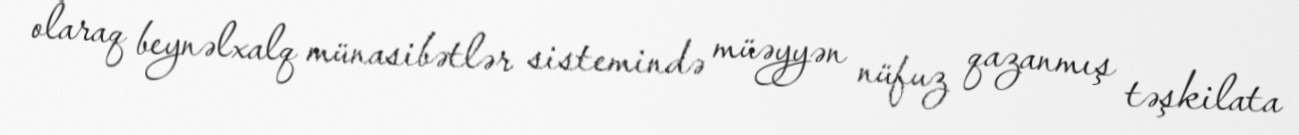
olaraq beynəlxalq münasibətlər sistemində müəyyən nüfuz qazanmış təşkilata